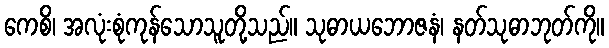
ကေစိ၊ အလုံးစုံကုန်သောသူတို့သည်။ သုဓာယဘောဇနံ၊ နတ်သုဓာဘုတ်ကို။